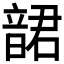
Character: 𩐩